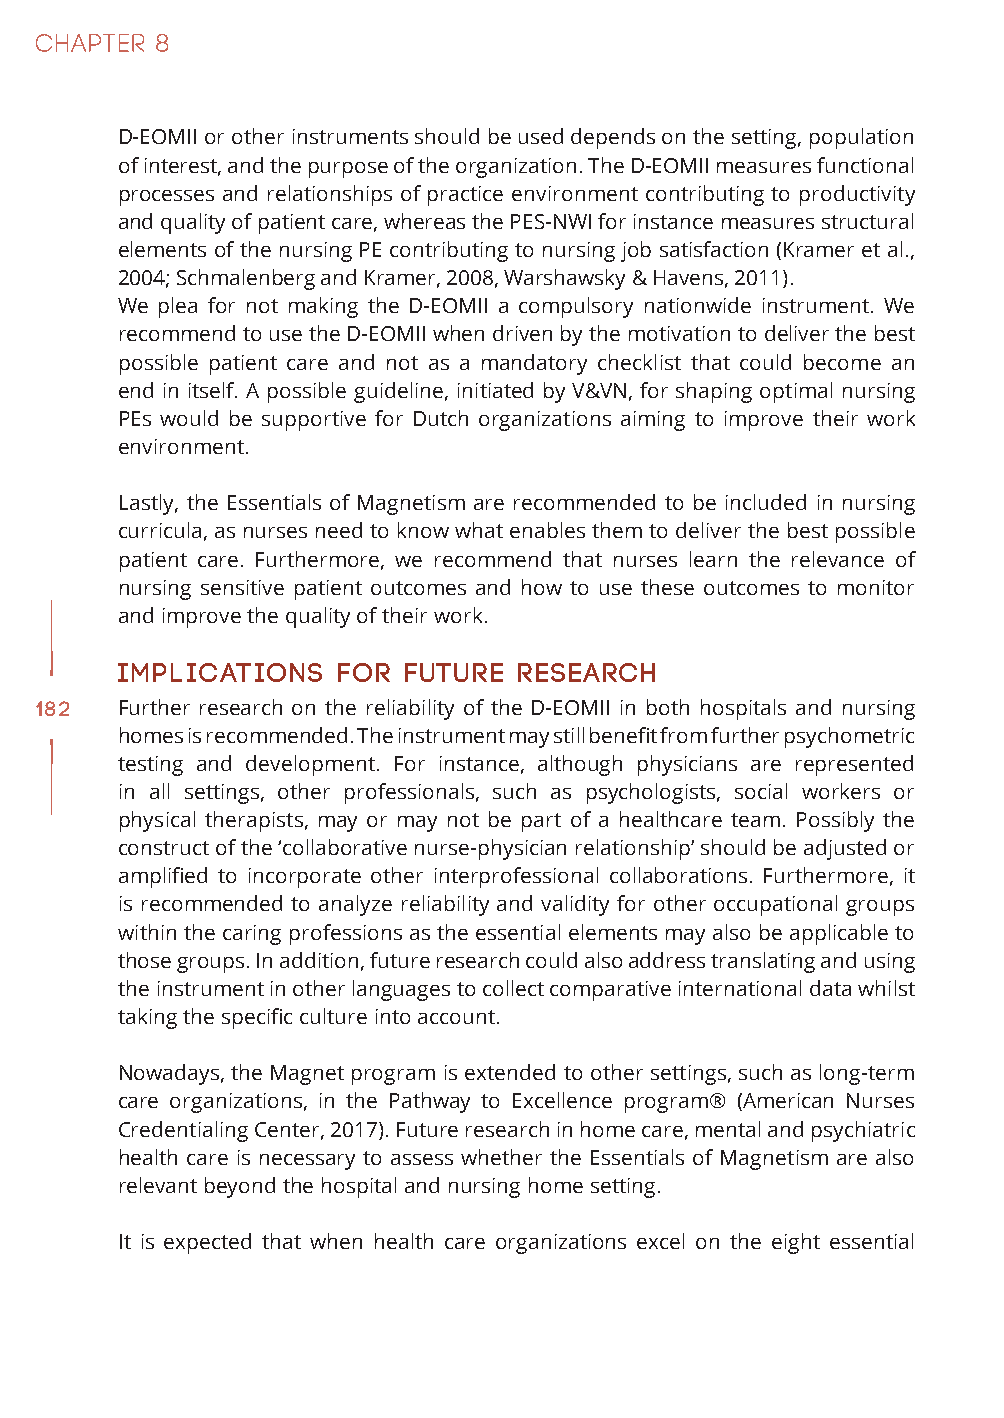
D-EOMII or other instruments should be used depends on the setting, population
 of interest, and the purpose of the organization. The D-EOMII measures functional
 processes and relationships of practice environment contributing to productivity
 and quality of patient care, whereas the PES-NWI for instance measures structural
 elements of the nursing PE contributing to nursing job satisfaction (Kramer et al.,
 2004; Schmalenberg and Kramer, 2008, Warshawsky & Havens, 2011).
 We plea for not making the D-EOMII a compulsory nationwide instrument. We
 recommend to use the D-EOMII when driven by the motivation to deliver the best
 possible patient care and not as a mandatory checklist that could become an
 end in itself. A possible guideline, initiated by V&VN, for shaping optimal nursing
 PEs would be supportive for Dutch organizations aiming to improve their work
 environment.
 Lastly, the Essentials of Magnetism are recommended to be included in nursing
 curricula, as nurses need to know what enables them to deliver the best possible
 patient care. Furthermore, we recommend that nurses learn the relevance of
 nursing sensitive patient outcomes and how to use these outcomes to monitor
 and improve the quality of their work.
 Implications  for  future research
 182   Further research on the reliability of the D-EOMII in both hospitals and nursing
 homes is recommended. The instrument may still benefit from further psychometric
 testing and development. For instance, although physicians are represented
 in all settings, other professionals, such as psychologists, social workers or
 physical therapists, may or may not be part of a healthcare team. Possibly the
 construct of the ‘collaborative nurse-physician relationship’ should be adjusted or
 amplified to incorporate other interprofessional collaborations. Furthermore, it
 is recommended to analyze reliability and validity for other occupational groups
 within the caring professions as the essential elements may also be applicable to
 those groups. In addition, future research could also address translating and using
 the instrument in other languages to collect comparative international data whilst
 taking the specific culture into account.
 Nowadays, the Magnet program is extended to other settings, such as long-term
 care organizations, in the Pathway to Excellence program® (American Nurses
 Credentialing Center, 2017). Future research in home care, mental and psychiatric
 health care is necessary to assess whether the Essentials of Magnetism are also
 relevant beyond the hospital and nursing home setting.
 It is expected that when health care organizations excel on the eight essential